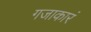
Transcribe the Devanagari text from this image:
गजाकारं